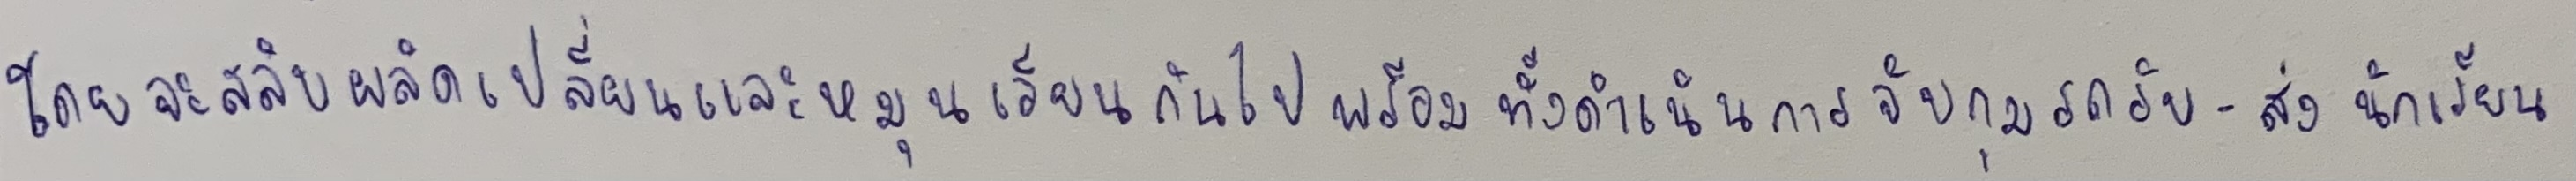
โดยจะสลับผลัดเปลี่ยนและหมุนเวียนกันไปพร้อมทั้งดำเนินการจับกุมรถรับ-ส่งนักเรียน